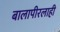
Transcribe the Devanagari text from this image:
बालापीरलाही